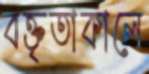
বক্তৃতাকালে